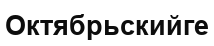
Октябрьскийге